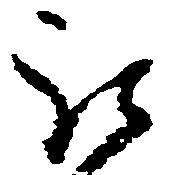
被